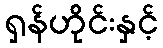
ရှန်ဟိုင်းနှင့်